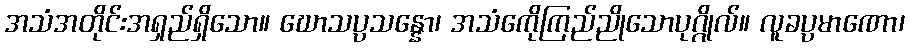
အသံအတိုင်းအရှည်ရှိသော။ ဃောသပ္ပသန္နော၊ အသံကေိုကြည်ညိုသောပုဂ္ဂိုလ်။ လူခပ္ပမာဏော၊